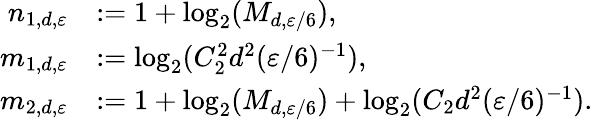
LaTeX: \begin{array}{rl}{n_{1,d,{\varepsilon}}}&{:=1+\log_{2}(M_{d,{\varepsilon}/6}),}\\ {m_{1,d,{\varepsilon}}}&{:=\log_{2}(C_{2}^{2}d^{2}({\varepsilon}/6)^{-1}),}\\ {m_{2,d,{\varepsilon}}}&{:=1+\log_{2}(M_{d,{\varepsilon}/6})+\log_{2}(C_{2}d^{2}({\varepsilon}/6)^{-1}).}\end{array}